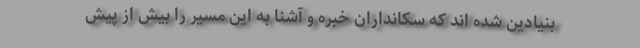
بنیادین شده اند که سکانداران خبره و آشنا به این مسیر را بیش از پیش